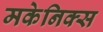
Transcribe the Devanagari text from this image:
मकेनिक्स